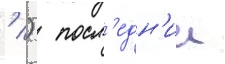
' )  посл'едн'ии